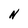
Character: N